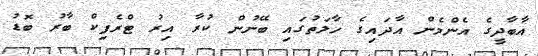
އާބާދީގެ އެންމެން އާދައިގެ ހާލަތުގައި ބޭނުން ކުރާ އިރު ޓްރެފިކް ބާރު ބޮޑު